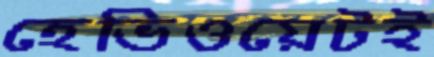
হেভিওয়েটই